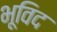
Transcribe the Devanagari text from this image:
भूविद